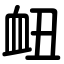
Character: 衄